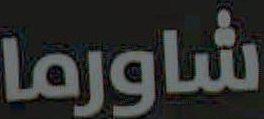
شاورما